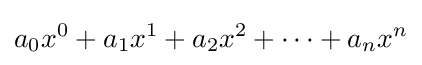
a_{0}x^{0}+a_{1}x^{1}+a_{2}x^{2}+\cdots +a_{n}x^{n}